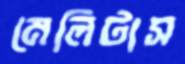
মেলিটাস